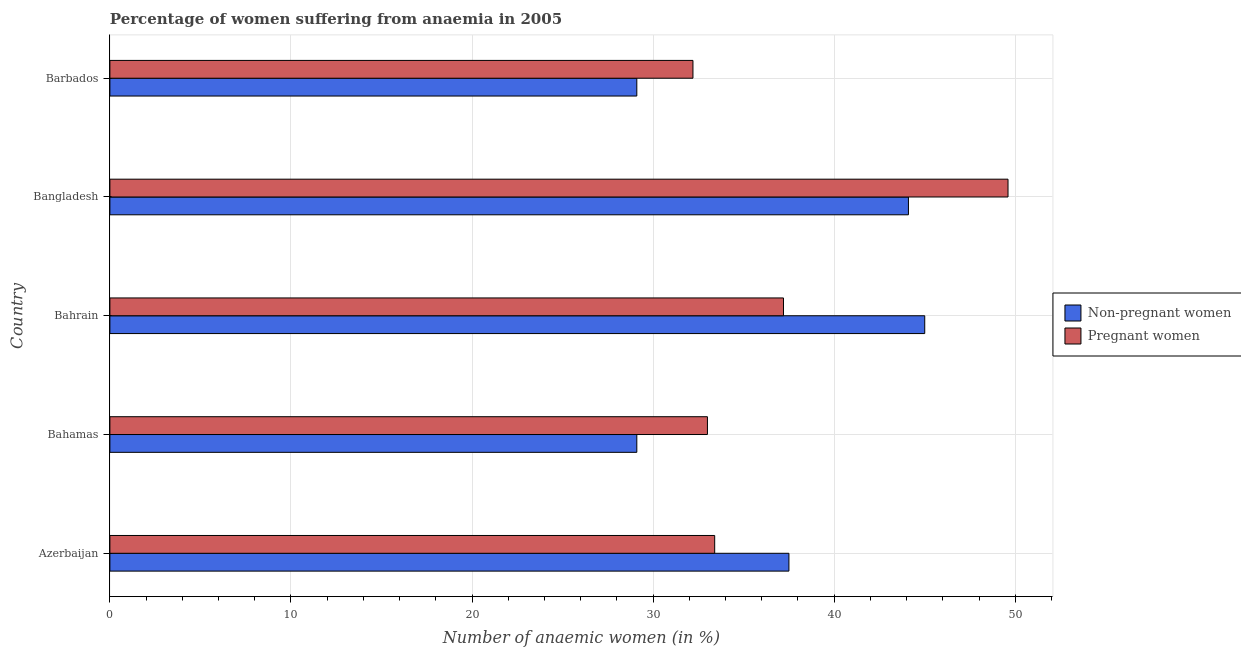
| Country | Non-pregnant women | Pregnant women |
 | --- | --- | --- |
 | Azerbaijan | 37.5 | 33.4 |
 | Bahamas | 29.1 | 33 |
 | Bahrain | 45 | 37.2 |
 | Bangladesh | 44.1 | 49.6 |
 | Barbados | 29.1 | 32.2 |